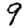
Digit: 9